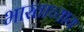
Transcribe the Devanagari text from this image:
भारताच्याय